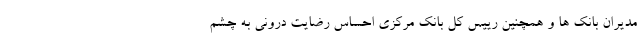
مدیران بانک ها و همچنین رییس کل بانک مرکزی احساس رضایت درونی به چشم